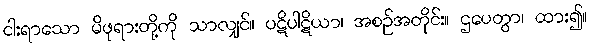
ငါးရာသော မိဖုရားတို့ကို သာလျှင်။ ပဋိပါဋိယာ၊ အစဉ်အတိုင်း။ ဌပေတွာ၊ ထား၍။